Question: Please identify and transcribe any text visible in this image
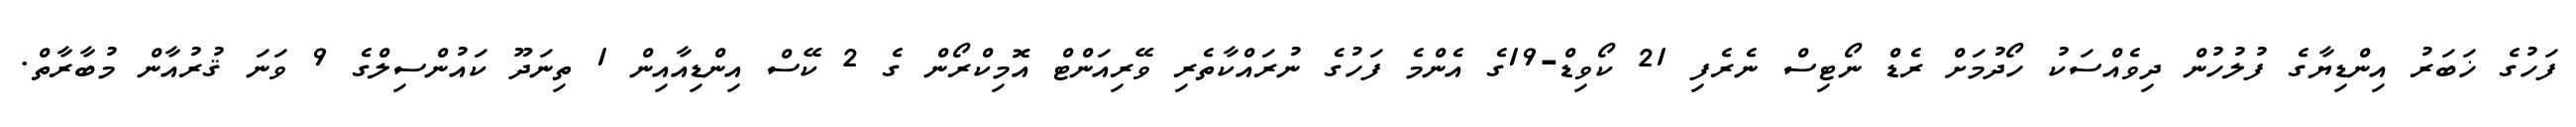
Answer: ފަހުގެ ޚަބަރު އިންޑިޔާގެ ފުލުހުން ދިވެއްސަކު ހޯދުމަށް ރެޑް ނޯޓިސް ނެރެފި 21 ކޯވިޑް-19ގެ އެންމެ ފަހުގެ ނުރައްކާތެރި ވޭރިއަންޓް އޮމިކްރޯން ގެ 2 ކޭސް އިންޑިއާއިން 1 ތިނަދޫ ކައުންސިލްގެ 9 ވަނަ ޤުރުއާން މުބާރާތް.